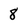
Character: 8